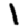
Digit: 1